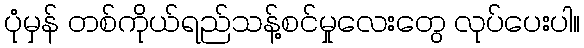
ပုံမှန် တစ်ကိုယ်ရည်သန့်စင်မှုလေးတွေ လုပ်ပေးပါ။